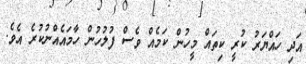
އަދި ހައްޔަރު ކުރީ ކިތައް މީހުން ކަމެއް ވެސް ފުލުހުން ހާމައެއްނުކުރެ އެވެ.